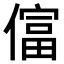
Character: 𫣡